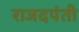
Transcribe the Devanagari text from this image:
राजदपंती